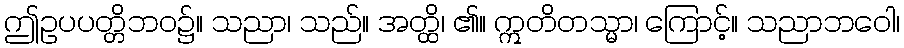
ဤဥပပတ္တိဘဝ၌။ သညာ၊ သည်။ အတ္ထိ၊ ၏။ ဣတိတသ္မာ၊ ကြောင့်။ သညာဘဝေါ၊